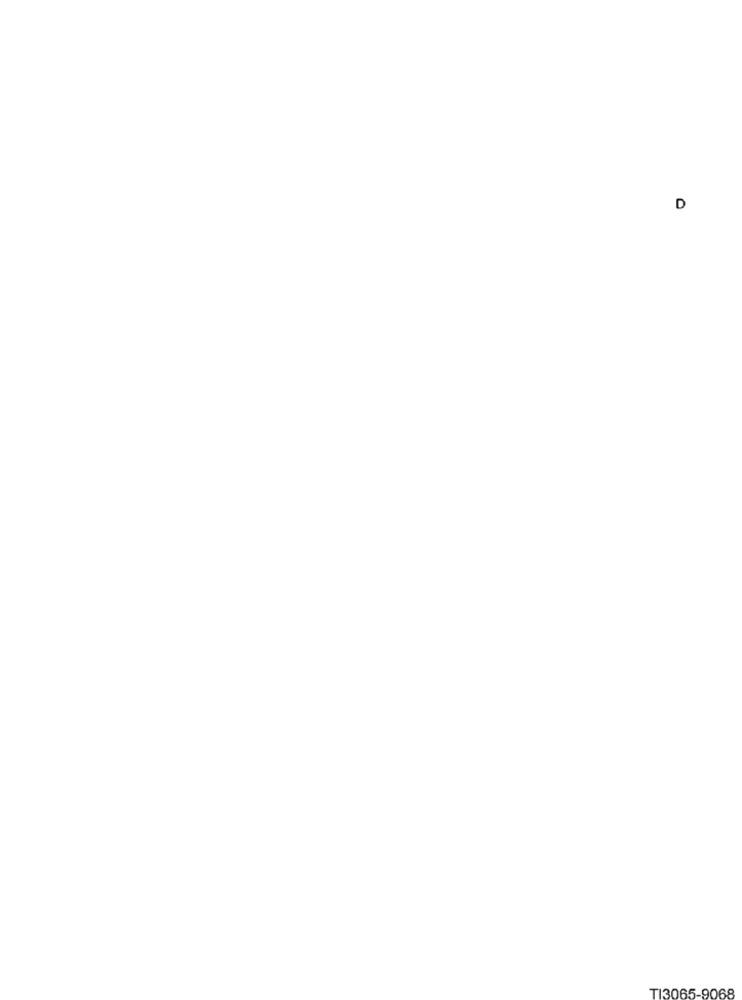
D
TI3065-9068